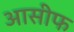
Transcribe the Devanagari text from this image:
आसीफ